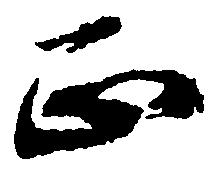
正